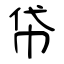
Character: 帒